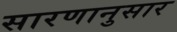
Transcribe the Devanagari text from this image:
सारणानुसार